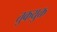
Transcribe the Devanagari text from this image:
तुकयुक्त